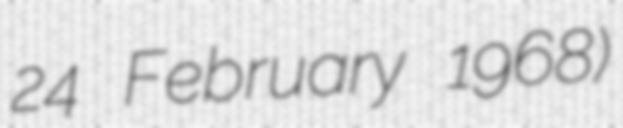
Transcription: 24 February 1968)